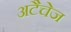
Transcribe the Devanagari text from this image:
अटैचेज